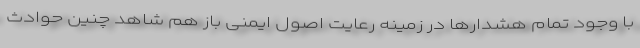
با وجود تمام هشدار‌ها در زمینه رعایت اصول ایمنی باز هم شاهد چنین حوادث